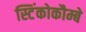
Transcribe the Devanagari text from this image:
स्टिंकोकौम्बे